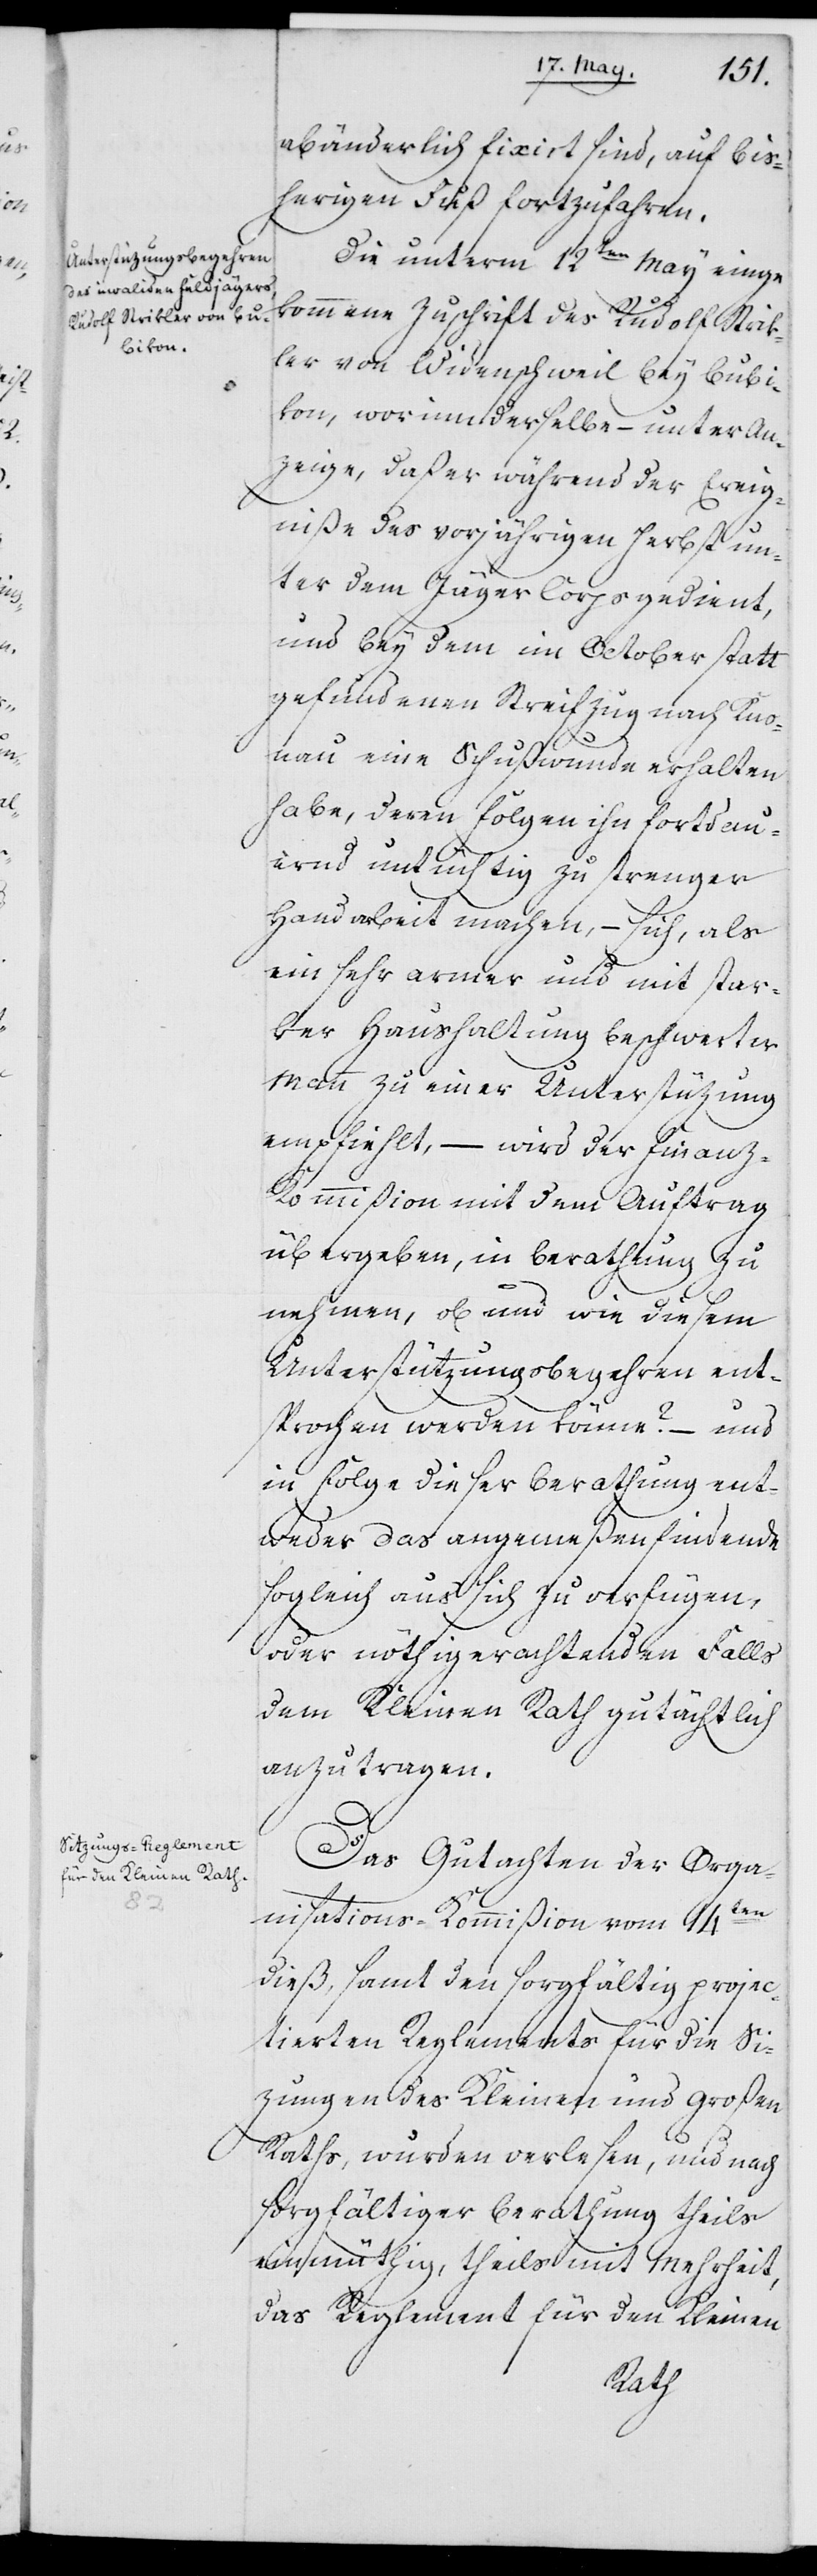
abänderlich fixirt sind, auf bis¬
herigen Fuß fortzufahren.
Die unterm 12ten May einge¬
kommene Zuschrift des Rudolf Strik¬
ler von Widenschweil bey Bubi¬
kon, worinn derselbe – unter An¬
zeige, daß er während der Ereig¬
niße des vorjährigen Herbst un¬
ter dem Jäger-Corps gedient
und bey dem im Oktober statt
gefundenen Streifzug nach Kno¬
nau eine Schußwunde erhalten
habe, deren Folgen ihn fortdau¬
ernd untüchtig zu strenger
Handarbeit machen, – sich, als
ein sehr armer und mit star¬
ker Haushaltung beschwerter
Mann zu einer Unterstüzung
empfiehlt, – wird der Finanz-K¬
ommißion mit dem Auftrag
übergeben, in Berathung zu
nehmen, ob und wie diesem
Unterstützungsbegehren ent¬
sprochen werden könne? – und
in Folge dieser Berathung ent¬
weder das angemeßen Findende
sogleich aus sich zu verfügen,
oder nöthig erachtenden Falls
dem Kleinen Rath gutächtlich
anzutragen.
Das Gutachten der Orga¬
nisations-Kommißion vom 14ten
dieß, samt den sorgfältig projec¬
tierten Reglements für die Si¬
zungen des Kleinen und Großen
Raths, wurden verlesen, und nach
sorgfältiger Berathung theils
einmüthig, theils mit Mehrheit,
das Reglement für den Kleinen